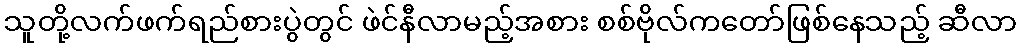
သူတို့လက်ဖက်ရည်စားပွဲတွင် ဖဲင်နီလာမည့်အစား စစ်ဗိုလ်ကတော်ဖြစ်နေသည့် ဆီလာ